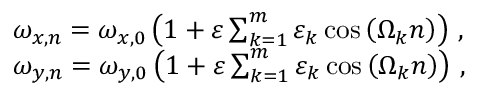
\begin{array} { r l } & { \omega _ { x , n } = \omega _ { x , 0 } \left( 1 + \varepsilon \sum _ { k = 1 } ^ { m } \varepsilon _ { k } \cos \left( \Omega _ { k } n \right) \right) \, , } \\ & { \omega _ { y , n } = \omega _ { y , 0 } \left( 1 + \varepsilon \sum _ { k = 1 } ^ { m } \varepsilon _ { k } \cos \left( \Omega _ { k } n \right) \right) \, , } \end{array}